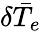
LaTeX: \delta\bar{T}_{e}